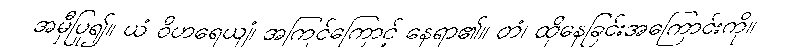
အမှီပြု၍။ ယံ ဝိဟရေယျံ၊ အကြင်ကြောင့် နေရာ၏။ တံ၊ ထိုနေခြင်းအကြောင်းကို။